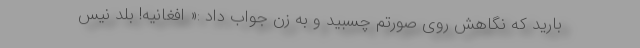
‌بارید که نگاهش روی صورتم چسبید و به زن جواب داد :« افغانیه! بلد نیس